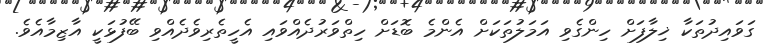
ގަވައިދުތަކާ ޚިލާފަށް ހިންގެވި އަމަލުތަކަށް އެންމެ ބޮޑަށް ހިތްވަރުދެއްވައި އެހީތެރިވެދެއްވި ބޭފުޅަކީ އާޒިމާއެވެ.